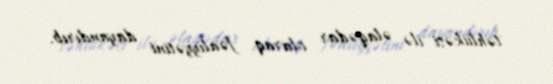
təhlükəsi ilə əlaqədar olaraq fəaliyyətini dayandırıb.